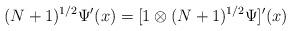
LaTeX: \begin{align*}(N+1)^{1/2}\Psi'(x)=[1\otimes (N+1)^{1/2} \Psi]'(x)\end{align*}